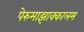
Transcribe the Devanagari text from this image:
पेरुमाझाक्कालम